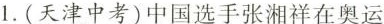
1.(天津中考)中国选手张湘祥在奥运